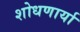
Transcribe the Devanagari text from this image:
शोधणार्या